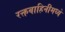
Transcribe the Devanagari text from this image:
रक्तवाहिनीमध्ये